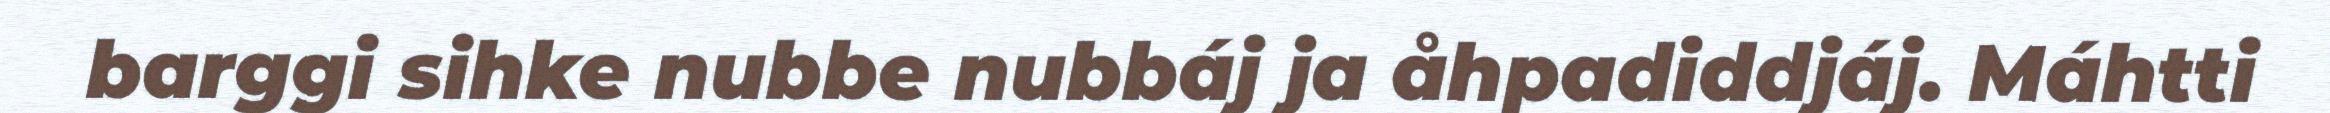
barggi sihke nubbe nubbáj ja åhpadiddjáj. Máhtti